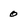
Character: 0